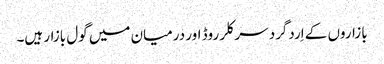
بازاروں کے اِردگرد سرکلر روڈ اور درمیان میں گول بازار ہیں۔